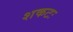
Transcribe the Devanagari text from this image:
शकटः